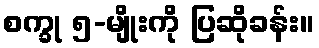
စက္ခု ၅-မျိုးကို ပြဆိုခန်း။